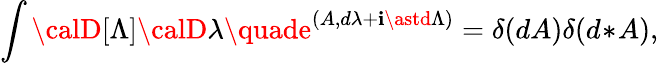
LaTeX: \int{\calD}[\Lambda]{\calD}\lambda\quade^{(A,d\lambda+\mathbf{i}\astd\Lambda)}=\delta(dA)\delta(d\! \ast\! A),